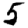
Digit: 5